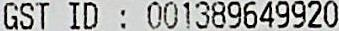
GST ID : 001389649920